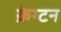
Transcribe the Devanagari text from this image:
क्रेग्टन